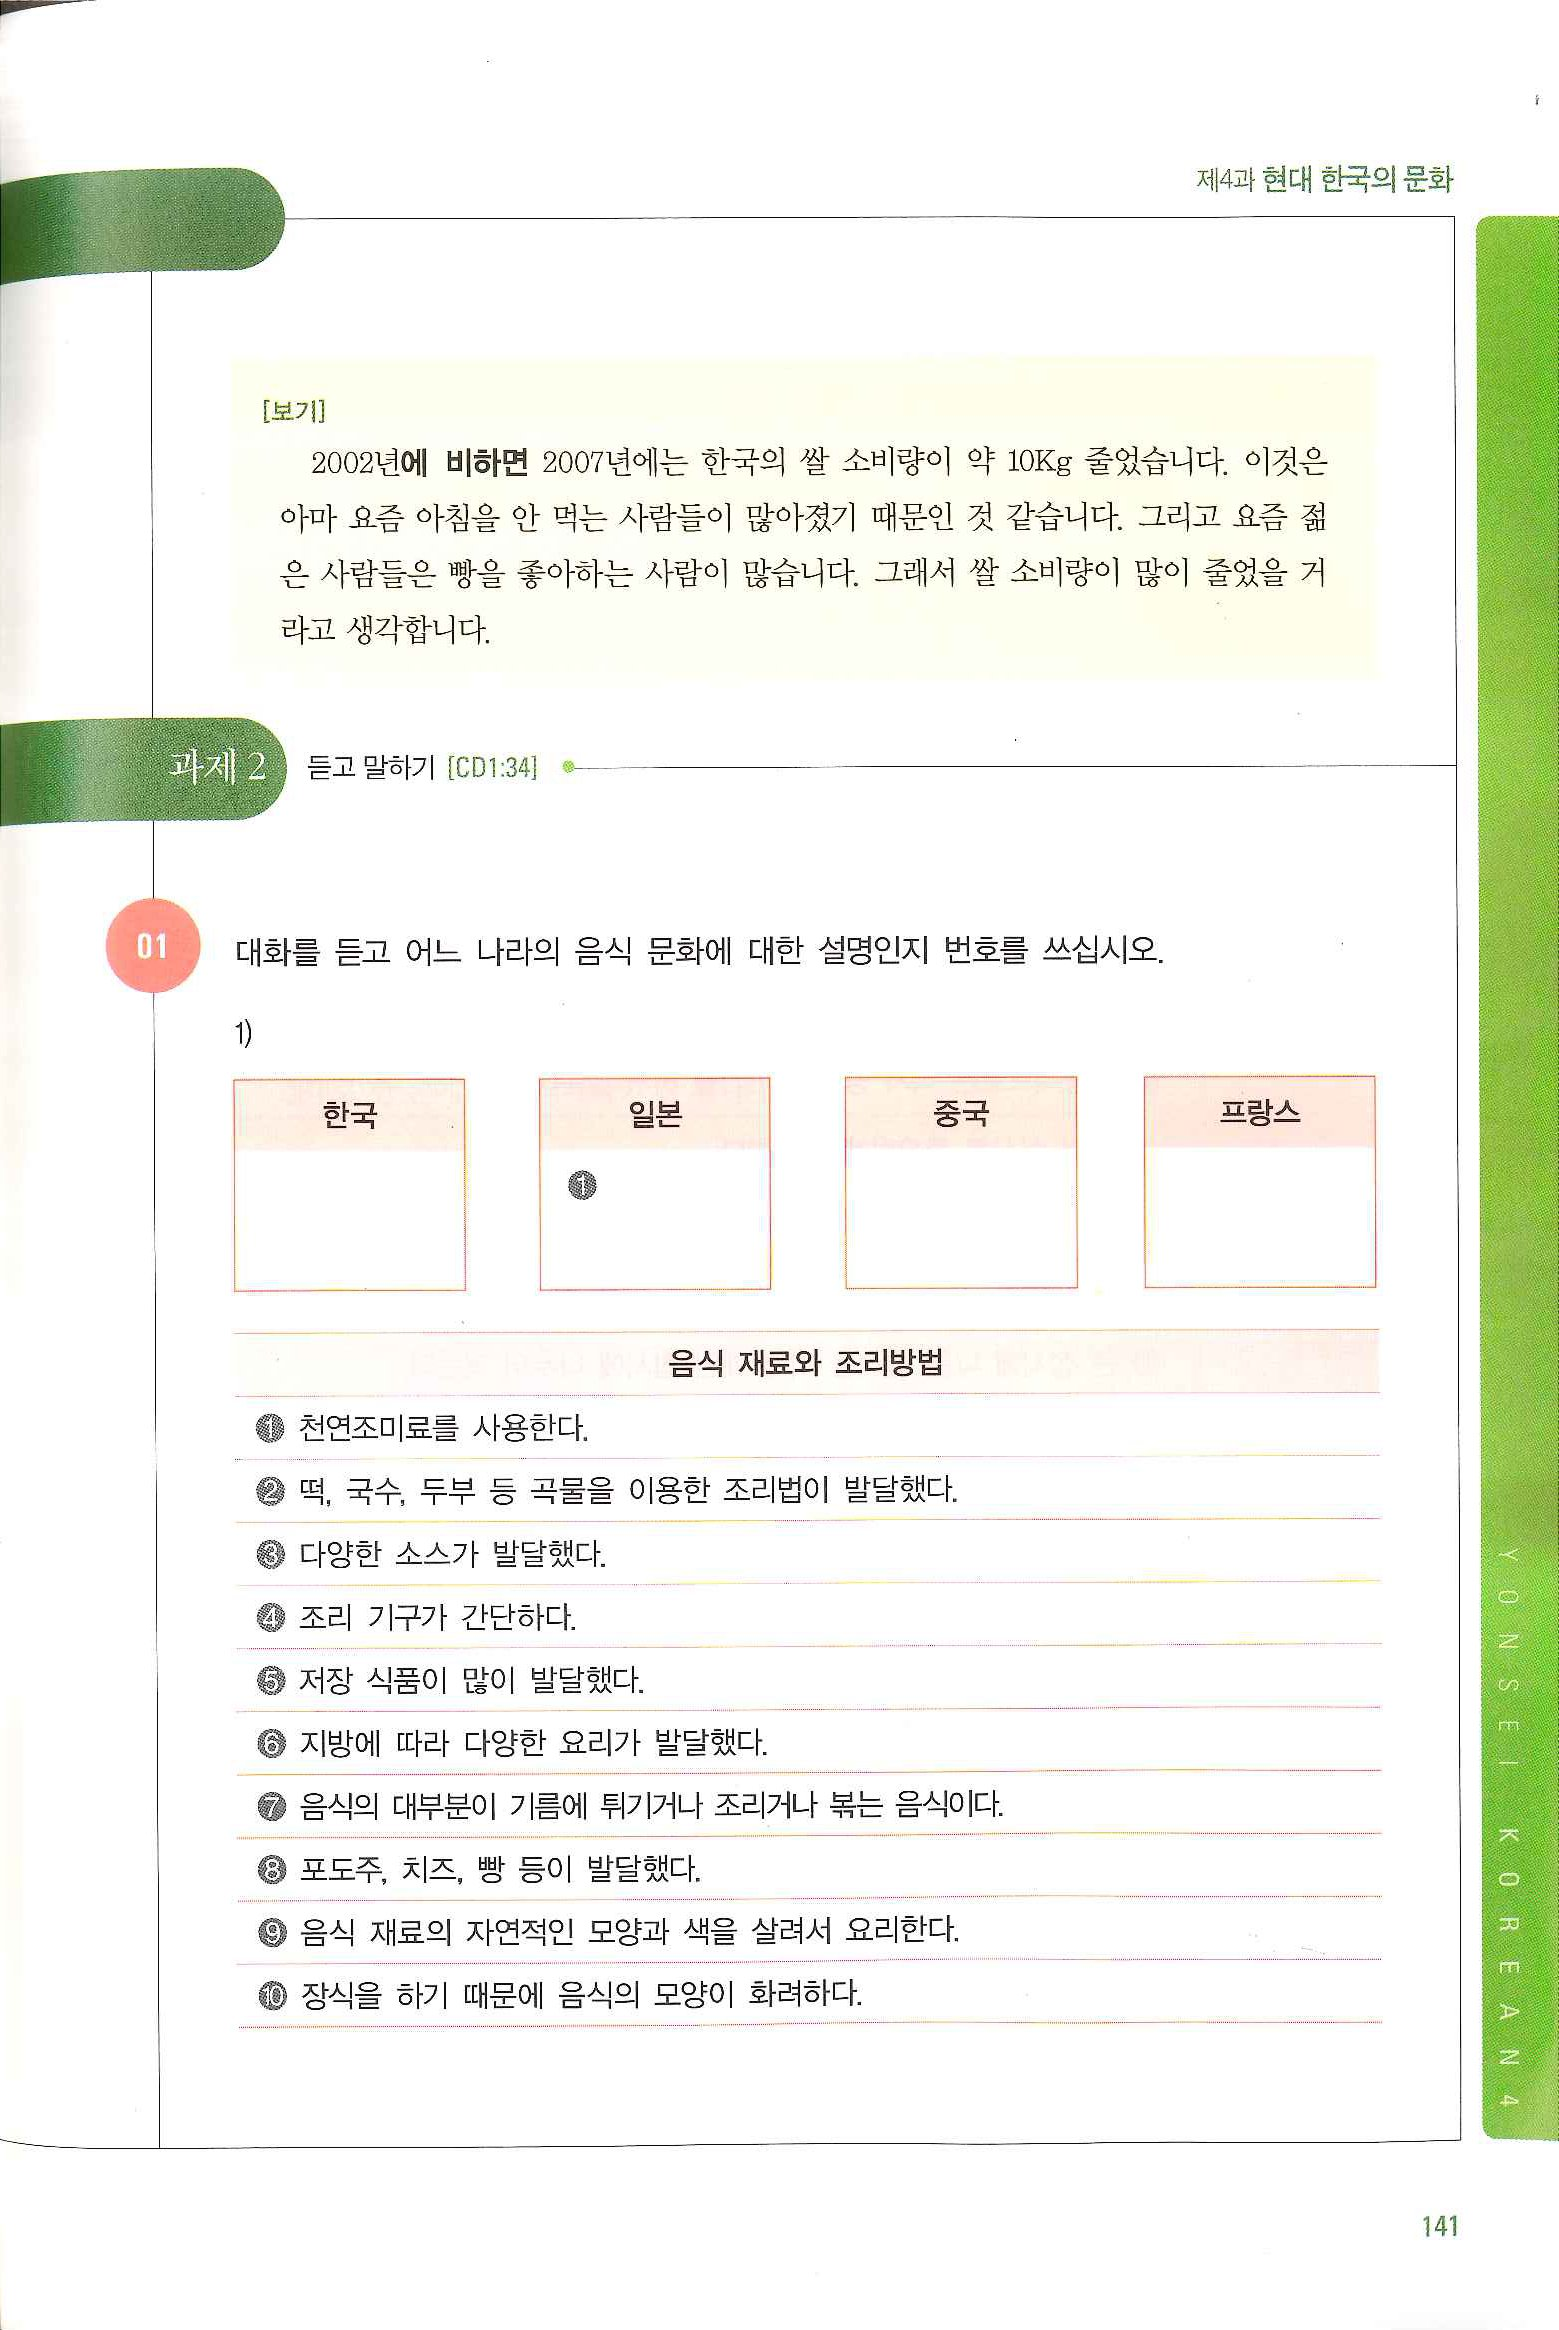
Language: ko